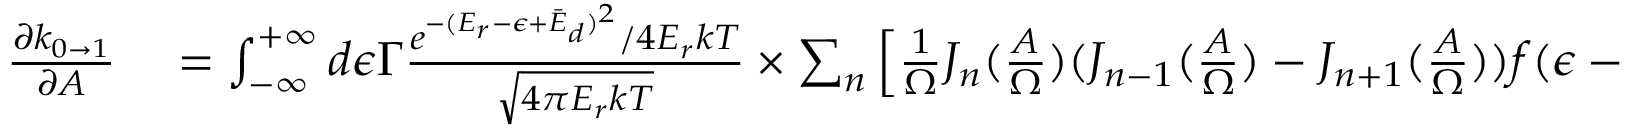
\begin{array} { r l } { \frac { \partial k _ { 0 \rightarrow 1 } } { \partial A } } & { { } = \int _ { - \infty } ^ { + \infty } d \epsilon \Gamma \frac { e ^ { - ( E _ { r } - \epsilon + \bar { E } _ { d } ) ^ { 2 } } / 4 E _ { r } k T } { \sqrt { 4 \pi E _ { r } k T } } \times \sum _ { n } \left[ \frac { 1 } { \Omega } J _ { n } ( \frac { A } { \Omega } ) ( J _ { n - 1 } ( \frac { A } { \Omega } ) - J _ { n + 1 } ( \frac { A } { \Omega } ) ) f ( \epsilon - n \Omega ) \right] } \end{array}